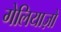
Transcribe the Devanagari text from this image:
गेलियाज़ो